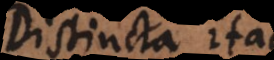
Distincta itaque